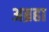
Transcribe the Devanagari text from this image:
अब्रहा